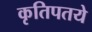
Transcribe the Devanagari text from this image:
कृतिपतये